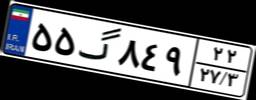
۵۵گ۸۴۹۲۲